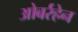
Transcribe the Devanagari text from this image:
ओबर्रहेन